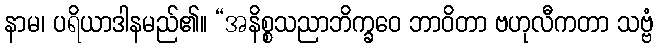
နာမ၊ ပရိယာဒါနမည်၏။ “အနိစ္စသညာဘိက္ခဝေ ဘာဝိတာ ဗဟုလီကတာ သဗ္ဗံ